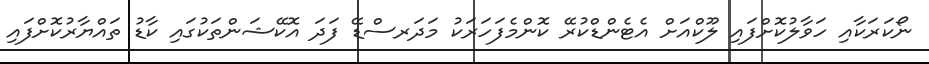
ނޯކަރަކާއި ހަވާލުކޮށްފައި ލޫކްއަށް އެޓެންޑްކުރޭ ކޮންމެފަހަރަކު މަދަރސްޑޭ ފަދަ އޮކޭޝަންތަކުގައި ކާޑު ތައްޔާރުކޮށްފައި